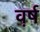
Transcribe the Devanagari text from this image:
व़र्ष